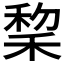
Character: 𫀺